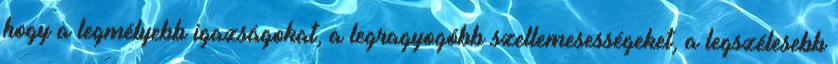
hogy a legmélyebb igazságokat, a legragyogóbb szellemesességeket, a legszélesebb